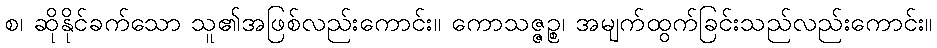
စ၊ ဆိုနိုင်ခက်သော သူ၏အဖြစ်လည်းကောင်း။ ကောသဇ္ဇဉ္စ၊ အမျက်ထွက်ခြင်းသည်လည်းကောင်း။